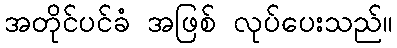
အတိုင်ပင်ခံ အဖြစ် လုပ်ပေးသည်။